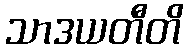
သာဒယတီတိ